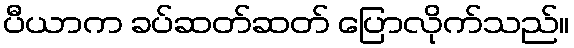
ပီယာက ခပ်ဆတ်ဆတ် ပြောလိုက်သည်။